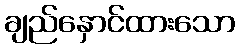
ချည်နှောင်ထားသော